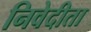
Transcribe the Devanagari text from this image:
निवेदीता